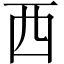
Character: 西